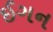
ઈગન